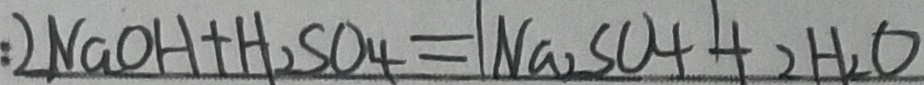
: 2 N a O H + H _ { 2 } S O _ { 4 } = N a _ { 2 } S O _ { 4 } + 2 H _ { 2 } O